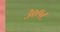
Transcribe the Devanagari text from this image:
३०१८